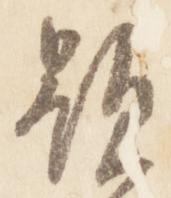
顕